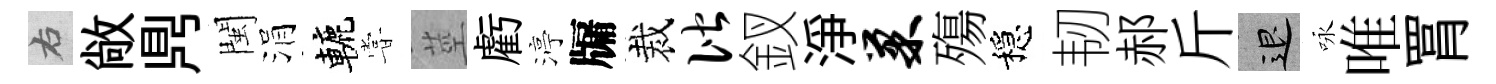
右敞𪔂閩涓轆甞莖虧渟牖裁偕釵淨巢殤穩韧郝斤退咏唯罥